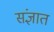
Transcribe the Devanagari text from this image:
संज्ञात